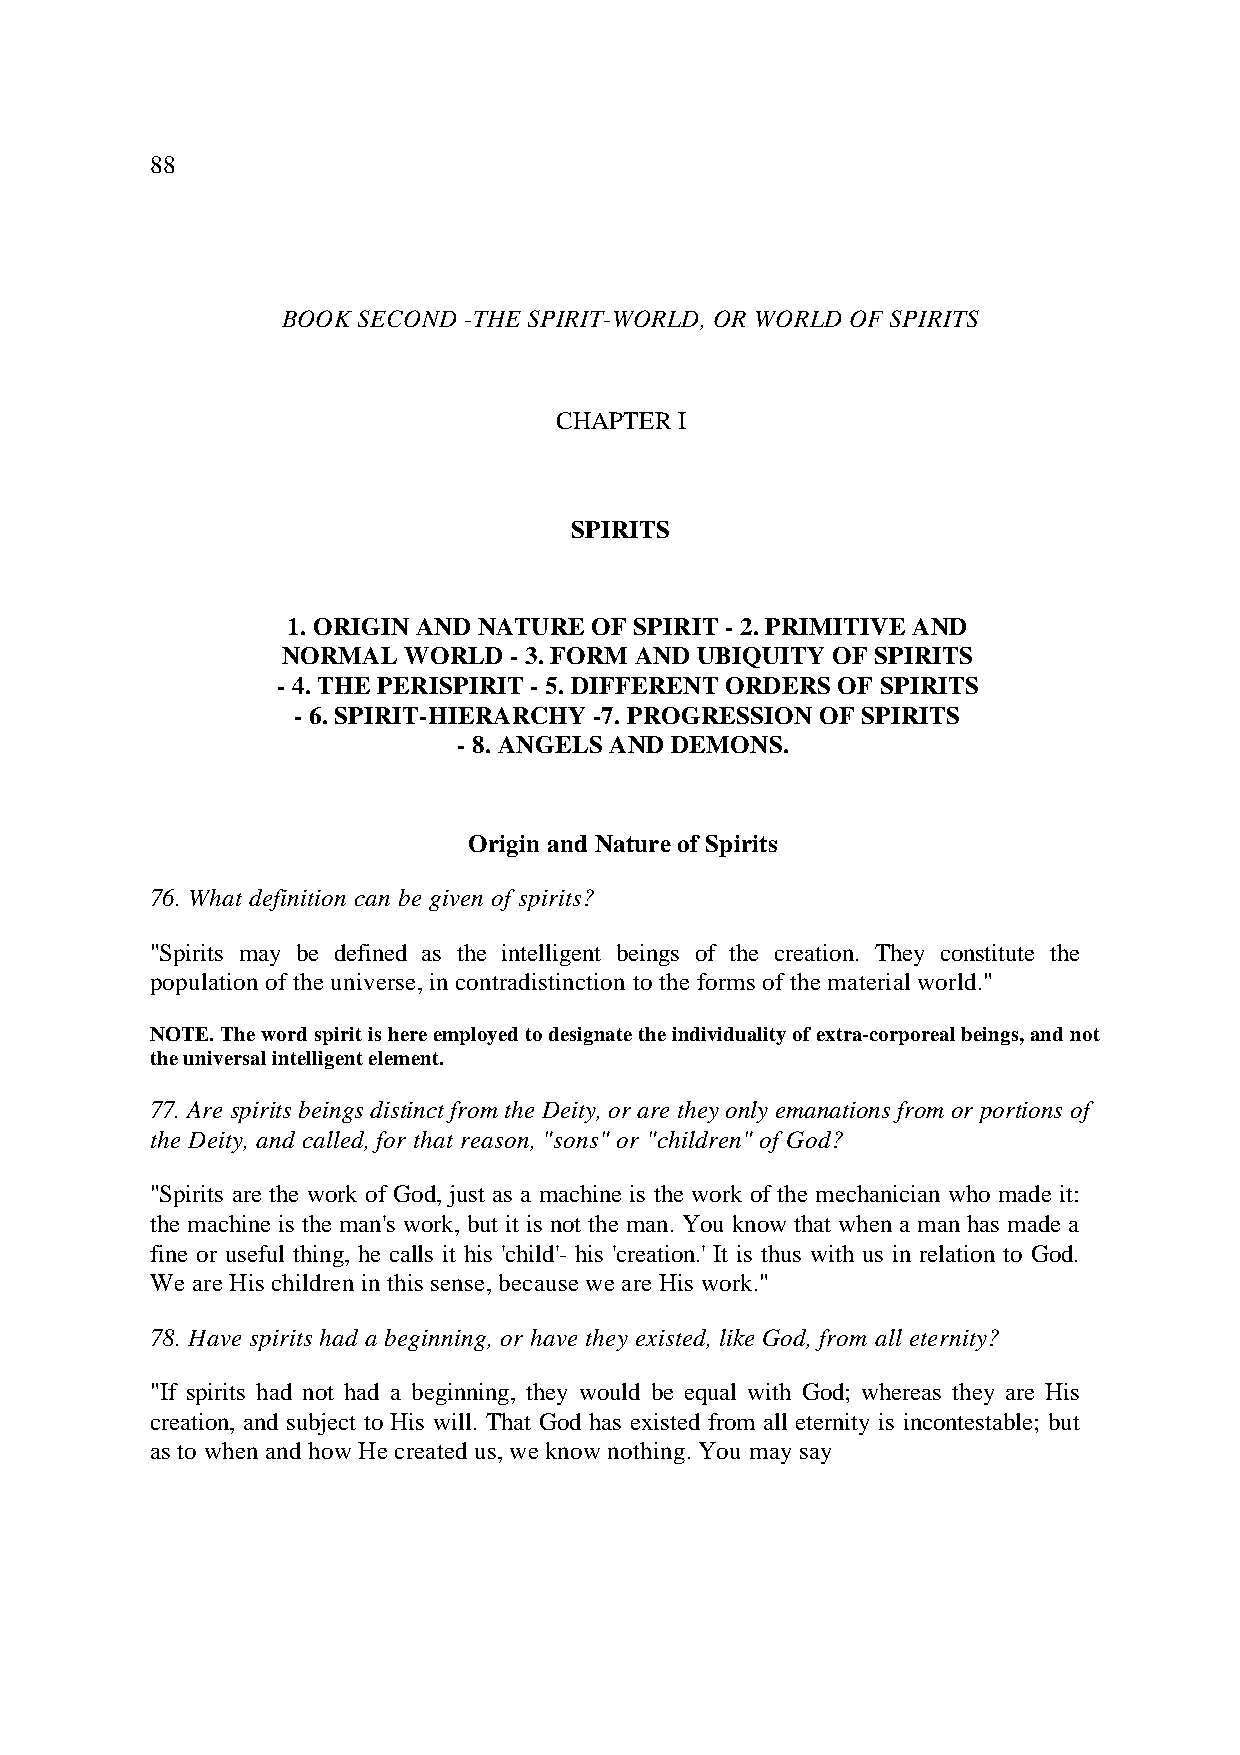
88
 BOOK SECOND -THE SPIRIT-WORLD, OR WORLD OF SPIRITS
 CHAPTER I
 SPIRITS
 1. ORIGIN AND NATURE OF SPIRIT - 2. PRIMITIVE AND
 NORMAL  WORLD - 3. FORM AND UBIQUITY OF SPIRITS
 - 4. THE PERISPIRIT - 5. DIFFERENT ORDERS OF SPIRITS
 - 6. SPIRIT-HIERARCHY -7. PROGRESSION OF SPIRITS
 - 8. ANGELS AND DEMONS.
 Origin and Nature of Spirits
 76. What definition can be given of spirits?
 "Spirits may be defined as the intelligent beings of the creation. They constitute the
 population of the universe, in contradistinction to the forms of the material world."
 NOTE. The word spirit is here employed to designate the individuality of extra-corporeal beings, and not
 the universal intelligent element.
 77. Are spirits beings distinct from the Deity, or are they only emanations from or portions of
 the Deity, and called, for that reason, "sons" or "children" of God?
 "Spirits are the work of God, just as a machine is the work of the mechanician who made it:
 the machine is the man's work, but it is not the man. You know that when a man has made a
 fine or useful thing, he calls it his 'child'- his 'creation.' It is thus with us in relation to God.
 We are His children in this sense, because we are His work."
 78. Have spirits had a beginning, or have they existed, like God, from all eternity?
 "If spirits had not had a beginning, they would be equal with God; whereas they are His
 creation, and subject to His will. That God has existed from all eternity is incontestable; but
 as to when and how He created us, we know nothing. You may say